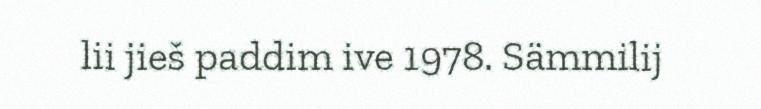
lii jieš paddim ive 1978. Sämmilij